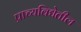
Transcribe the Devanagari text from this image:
प्राच्यविद्येतील